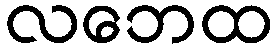
လဘေထ